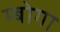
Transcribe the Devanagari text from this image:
म्बोगा